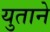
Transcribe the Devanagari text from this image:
युताने